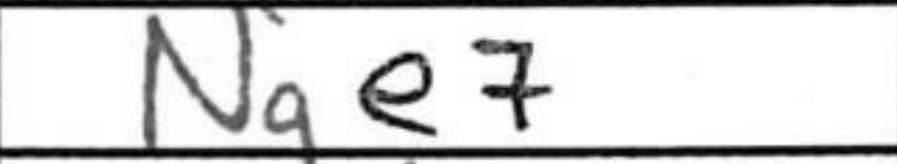
Transcription: Nge7